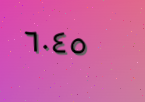
٦٠٤٥